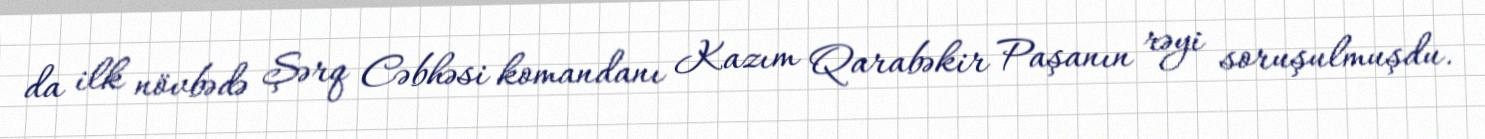
da ilk növbədə Şərq Cəbhəsi komandanı Kazım Qarabəkir Paşanın rəyi soruşulmuşdu.